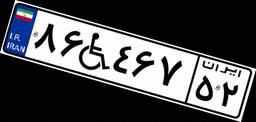
۸۶W۴۶۷۵۲